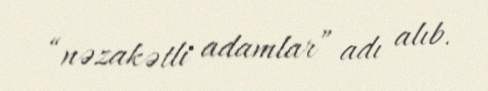
“nəzakətli adamlar” adı alıb.